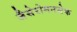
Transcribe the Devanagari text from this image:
जैसेरोमनसेक